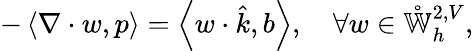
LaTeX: -\left\langle\nabla\cdot w,p\right\rangle=\left\langle w\cdot\hat{k},b\right\rangle,\quad\forall w\in\mathring{\mathbb{W}}_{h}^{2,V},